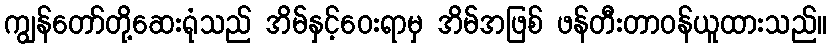
ကျွန်တော်တို့ဆေးရုံသည် အိမ်နှင့်ဝေးရာမှ အိမ်အဖြစ် ဖန်တီးတာဝန်ယူထားသည်။